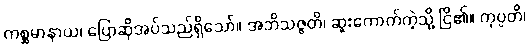
ကစ္ဆမာနာယ၊ ပြောဆိုအပ်သည်ရှိသော်။ အဘိသဇ္ဇတိ၊ ဆူးကောက်ကဲ့သို့ ငြိ၏။ ကုပ္ပတိ၊